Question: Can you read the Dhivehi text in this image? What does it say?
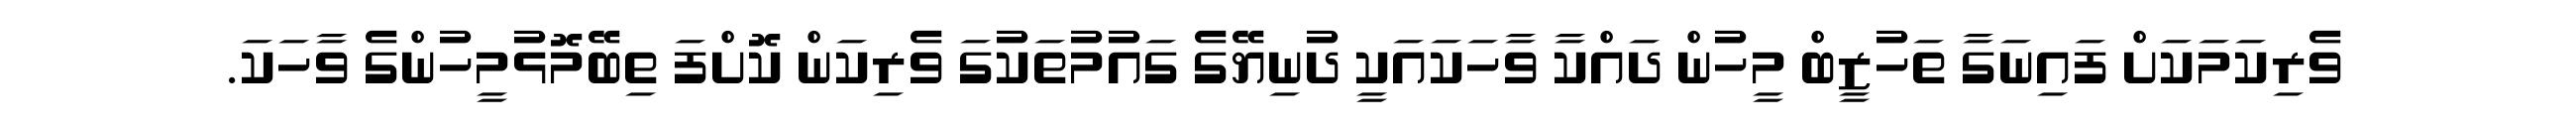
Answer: ވެރިކަމަކަށް ފައިނަގާ ތަހުޒީބް މީހުން ދައްކާ ވާހަކައަކީ ދުނިޔޭގެ ގައުމުތަކުގަ ވެރިކަން ކޮށްފަ ތިބޭމޮޅުމީހުންގެ ވާހަކަ.